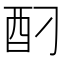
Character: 𮠗